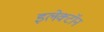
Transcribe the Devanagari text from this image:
इलेक्‍टॉन